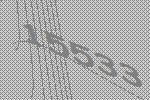
15533